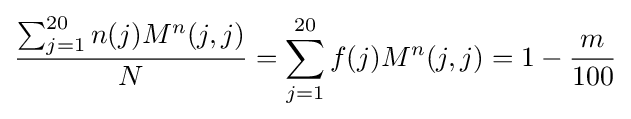
{\frac {\sum _{j=1}^{20}n(j)M^{n}(j,j)}{N}}=\sum _{j=1}^{20}f(j)M^{n}(j,j)=1-{\frac {m}{100}}